Vabadussoja_Ajaloo_Komitee, lk 115
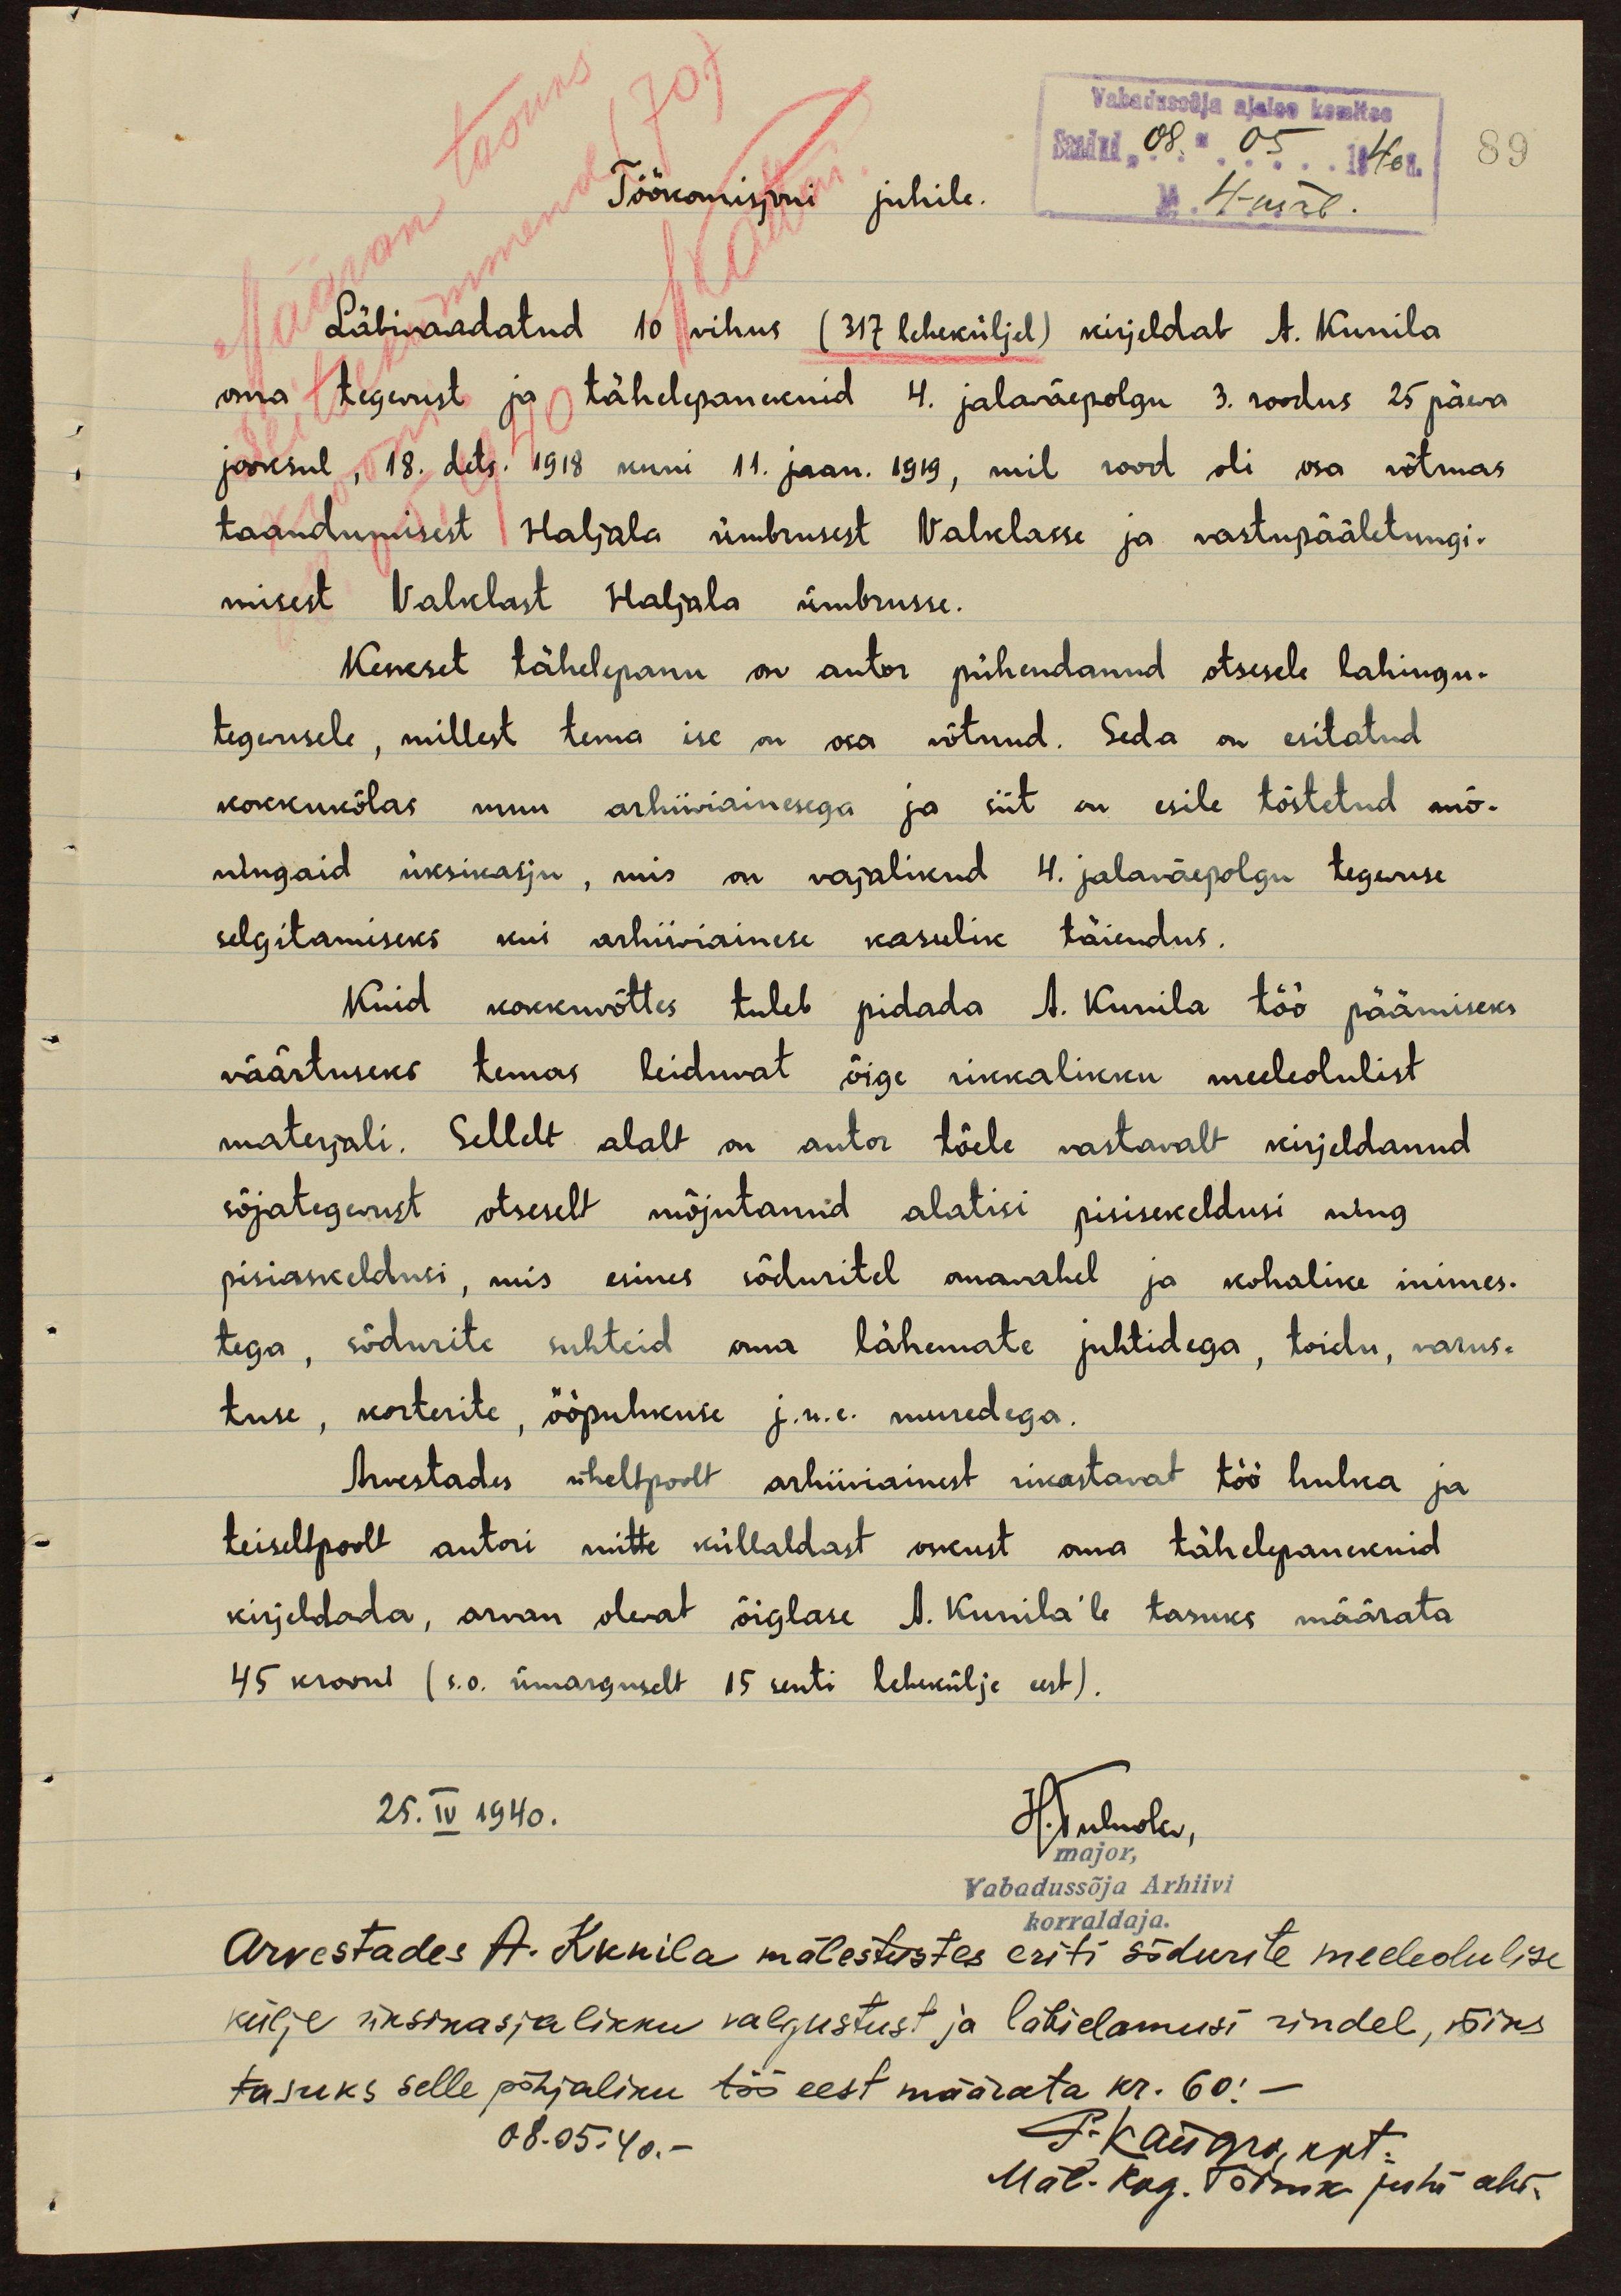
Vabadussõja ajaloo komitee
Saadud: "08" 05 1940 a
89
Töökomisjoni juhile.
No 4-mäl
Läbivaadatud 10 vihus (317 leheküljel) kirjeldab A. Kunila
oma tegevust ja tähelepanekuid 4. jalaväepolgu 3. roodus 25 päeva
jooksul, 18. dets. 1918 kuni 11. jaan. 1919, mil rood oli osa võtmas
taandumisest Haljala ümbrusest Valklasse ja vastupääletungi-
misest Valklast Haljala ümbrusse.
Keskset tähelepanu on autor pühendanud otsesele lahingu-
tegevusele, millest tema ise on osa võtnud. Seda on esitatud
kokkukõlas muu arhiiviainesega ja siit on esile tõstetud mõ-
ningaid üksikasju, mis on vajalikud 4. jalaväepolgu tegevuse
selgitamiseks kui arhiiviainese kasulik täiendus.
Kuid kokkuvõttes tuleb pidada A. Kunila töö päämiseks
väärtuseks temas leiduvat õige rikkalikku meeleolulist
materjali. Sellelt alalt on autor tõele vastavalt kirjeldanud
sõjategevust otseselt mõjutanud alatisi pisisekeldusi ning
pisiaskeldusi, mis esines sõduritel omavahel ja kohalike inimes-
tega, sõdurite suhteid oma lähemate juhtidega, toidu, varus-
tuse, korterite, ööpuhkuse j.n.e. muredega.
Arvestades üheltpoolt arhiiviainest rikastavat töö hulka ja
teiselpoolt autori mitte küllaldast oskust oma tähelepanekuid
kirjeldada, arvan olevat õiglase A. Kunila'le tasuks määrata
45 krooni (s.o. ümarguselt 15 senti lehekülje eest).
25. IV 1940.
H. Tulnola
major,
Vabadussõja Arhiivi
korraldaja.
Arvestades A. Kunila mälestustes eriti sõdurite meeleolulise
külje üksikasjalikku valgustust ja läbidamisi rindel, võiks
tasuks selle põhjaliku töö eest määrata kr. 60!
08.05.40.-
P. Kangro, kpt.
Mäl. kog. toimk. juhi abi.